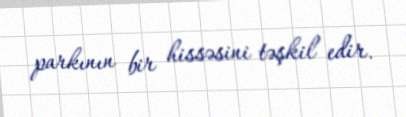
parkının bir hissəsini təşkil edir.